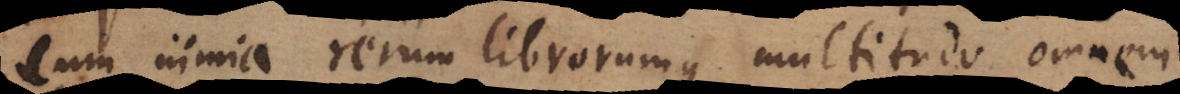
cum nimia rerum librorumque multitudo omnem